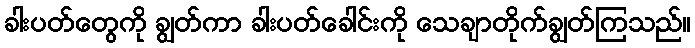
ခါးပတ်တွေကို ချွတ်ကာ ခါးပတ်ခေါင်းကို သေချာတိုက်ချွတ်ကြသည်။